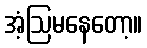
အံ့ဩမနေတော့။